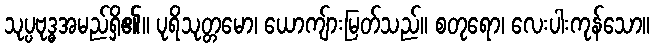
သုပ္ပဗုဒ္ဓအမည်ရှိ၏။ ပုရိသုတ္တမော၊ ယောကျ်ားမြတ်သည်။ စတုရော၊ လေးပါးကုန်သော။